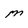
Character: M